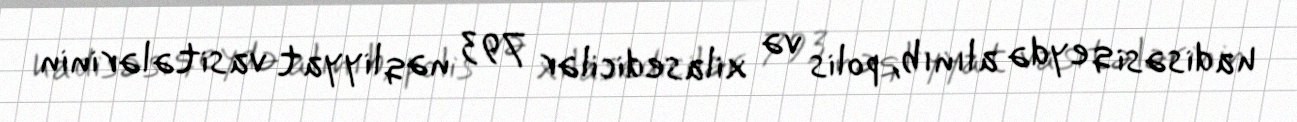
hadisəsi qeydə alınıb, polis və xilasedicilər 793 nəqliyyat vasitələrinin